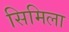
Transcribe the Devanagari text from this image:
सिमिला